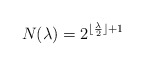
\begin{align*}N(\lambda) = 2^{\lfloor \frac{\lambda}{2} \rfloor + 1}\end{align*}